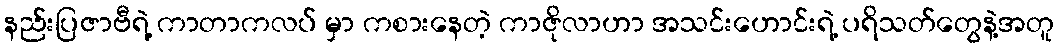
နည်းပြဇာဗီရဲ့ ကာတာကလပ် မှာ ကစားနေတဲ့ ကာဇိုလာဟာ အသင်းဟောင်းရဲ့ ပရိသတ်တွေနဲ့အတူ